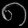
Digit: ၈